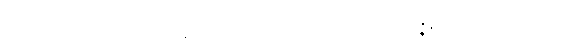
တစ်ဘက်သောအဖို့မှ။ ဝုဋ္ဌာနံ၊ ထခြင်းသည်။ ဟောတိ၊ ၏။ ပုထုဇ္ဇနဂေါတ္တာဘိဘဝနတော၊